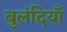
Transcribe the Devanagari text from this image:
बुलंदियाँ